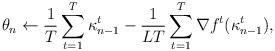
LaTeX: \begin{align*} \theta_n \leftarrow \frac{1}{T} \sum_{t=1}^T \kappa_{n-1}^t - \frac{1}{LT}\sum_{t=1}^T \nabla f^t(\kappa_{n-1}^t), \end{align*}